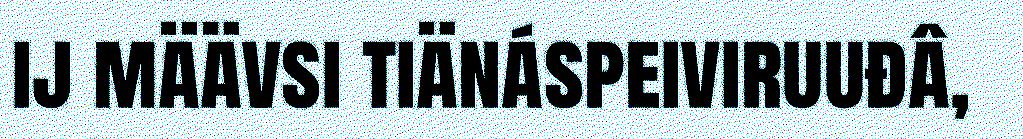
ij määvsi tiänáspeiviruuđâ,